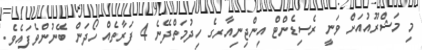
މި މަޝްރޫއުއަށް ވަނީ ރެސިޑެންޓް އިންޖިނިއާރގެ ހިދުމަތްދޭނެ 4 ފަރާތެއް ހޯދަން ބޭނުންވެފައެވެ.